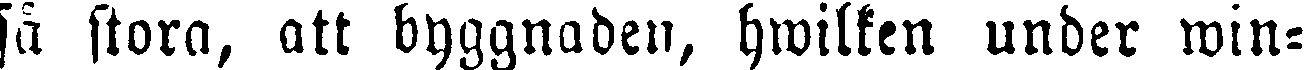
så stora, att byggnaden, hwilken under win-